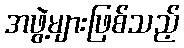
အဖွဲ့များဖြစ်သည့်